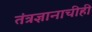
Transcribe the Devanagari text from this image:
तंत्रज्ञानाचीही